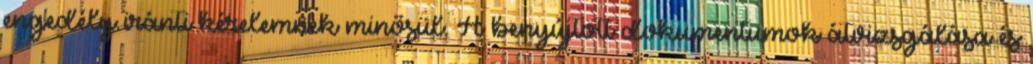
engedély iránti kérelemnek minősül. A benyújtott dokumentumok átvizsgálása és